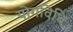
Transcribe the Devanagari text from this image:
योगविधि